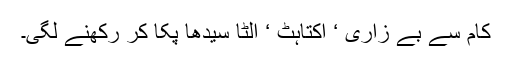
کام سے بے زاری ‘ اکتاہٹ ‘ الٹا سیدھا پکا کر رکھنے لگی۔